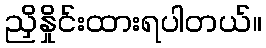
ညှိနှိုင်းထားရပါတယ်။